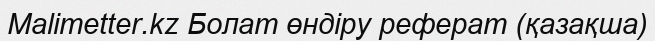
Malimetter.kz Болат өндіру реферат (қазақша)